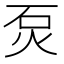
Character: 𤇈